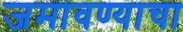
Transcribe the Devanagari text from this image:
जमावण्याचा